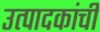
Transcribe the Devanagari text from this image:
उत्पादकांची